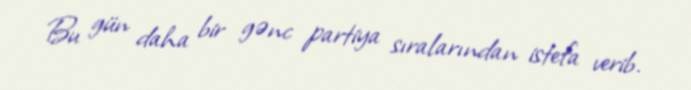
Bu gün daha bir gənc partiya sıralarından istefa verib.